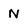
Character: N